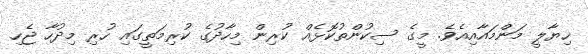
ހިޔާލީ މަންމައާއިއެވެ. މީގެ ސިކުންތުކޮޅެއް ކުރިން މިހާދުގެ ކުރިމަތީގައި ހުރި މިދުހާ ޖެހި